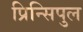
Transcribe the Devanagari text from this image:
प्रिन्सिपुल